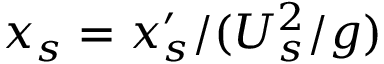
x _ { s } = x _ { s } ^ { \prime } / ( U _ { s } ^ { 2 } / g )